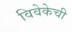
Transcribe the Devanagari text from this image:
विवेकेची